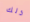
ذلك